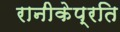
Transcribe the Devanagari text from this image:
रानीकेप्रति